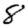
Digit: 8